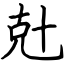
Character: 兙